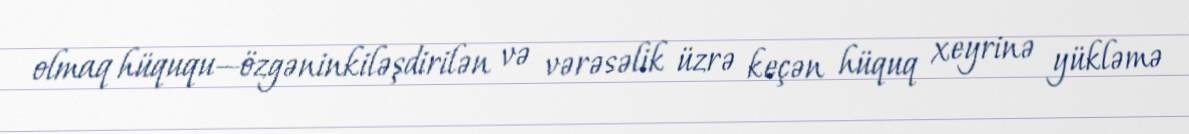
olmaq hüququ—özgəninkiləşdirilən və vərəsəlik üzrə keçən hüquq xeyrinə yükləmə